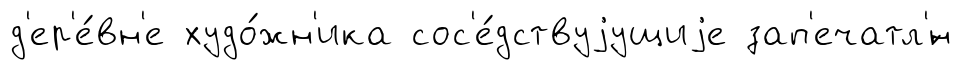
д'ер'е́вн'е худо́жн'ика сос'е́дствуjущиjе зап'ечатл'́н